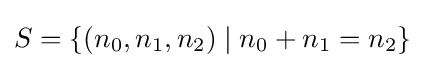
S=\{(n_{0},n_{1},n_{2})\mid n_{0}+n_{1}=n_{2}\}